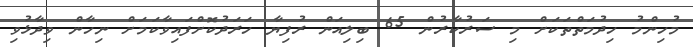
މުހިންމު ހިދުމަތްތަކަށް މި ސަރުކާރުން 65 ބިލިއަން ރުފިޔާ ހަރަދުކޮށްފައިވާކަމަށް ނިހާން ވިދާޅުވި